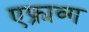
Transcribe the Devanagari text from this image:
एफ्राव्ग